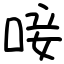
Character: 唼